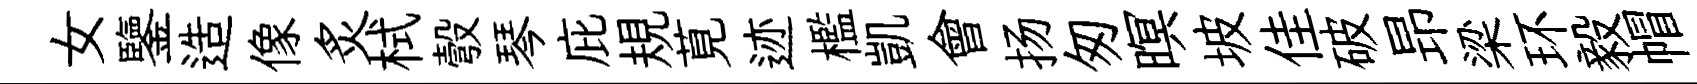
女鑒造像炙栻彀琴庇規莧迹檻凱會扬匆暝坡佳破昻梁环毅帽